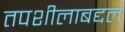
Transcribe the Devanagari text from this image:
तपशीलाबद्दल